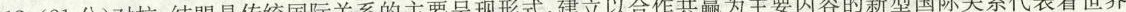
18.(21分)对抗、结盟是传统国际关系的主要呈现形式，建立以合作共赢为主要内容的新型国际关系代表着世界